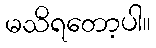
မသိရတော့ပါ။